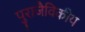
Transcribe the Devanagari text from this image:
पुराजैविकीय